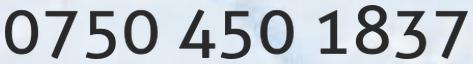
0750 450 1837